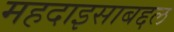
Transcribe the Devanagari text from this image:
महदाइसाबद्दल